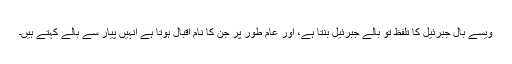
ویسے بالِ جبرئیل کا تلفظ تو بالے جبرئیل بنتا ہے، اور عام طور پر جن کا نام اقبال ہوتا ہے انہیں پیار سے بالے کہتے ہیں۔